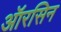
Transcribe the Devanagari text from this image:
ऑरसिन